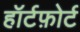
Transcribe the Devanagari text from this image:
हॉर्टफ़ोर्ट